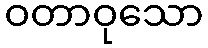
ဝတာဝုသော